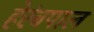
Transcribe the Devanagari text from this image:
हेरंबपाल